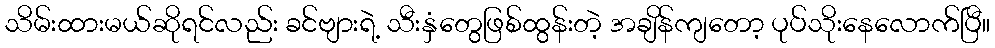
သိမ်းထားမယ်ဆိုရင်လည်း ခင်ဗျားရဲ့ သီးနှံတွေဖြစ်ထွန်းတဲ့ အချိန်ကျတော့ ပုပ်သိုးနေလောက်ပြီ။